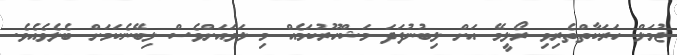
ޖުމަލް ހަރަކާތްތެރިވި ރޯލީމޭ އަށް ލިބުނުފަދަ މަޝްހޫރުކަމެއް މި ލަވައަށްވެސް ލިބޭނެކަމަށް ބެލެވެއެވެ.